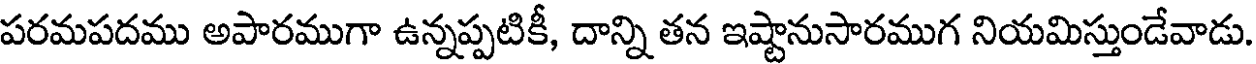
పరమపదము అపారముగా ఉన్నప్పటికీ, దాన్ని తన ఇష్టానుసారముగ నియమిస్తుండేవాడు